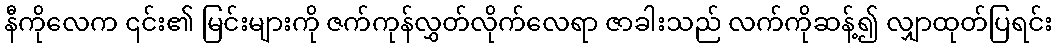
နီကိုလေက ၎င်း၏ မြင်းများကို ဇက်ကုန်လွှတ်လိုက်လေရာ ဇာခါးသည် လက်ကိုဆန့်၍ လျှာထုတ်ပြရင်း